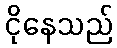
ငိုနေသည်